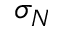
\sigma _ { N }